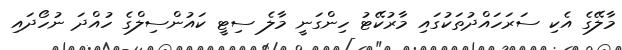
މާލޭގެ އެކި ސަރަހައްދުތަކުގައި މާރުކޭޓު ހިންގަނީ މާލެ ސިޓީ ކައުންސިލްގެ ހުއްދަ ނުހޯދައި